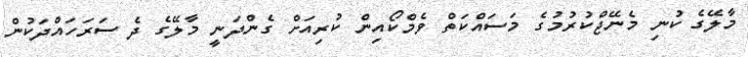
މާލޭގެ ކުނި މެނޭޖްކުރުމުގެ މަސައްކަތް ވެމްކޯއިން ކުރިއަށް ގެންދަނީ މާލޭގެ ދެ ސަރަހައްދަކުން